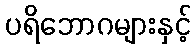
ပရိဘောဂများနှင့်